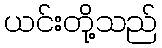
ယင်းတို့သည်